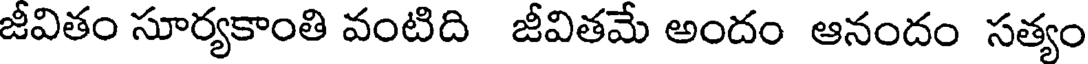
జీవితం సూర్యకాంతి వంటిది జీవితమే అందం ఆనందం సత్యం